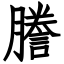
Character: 謄